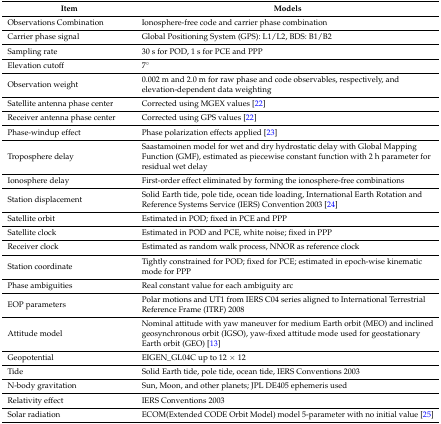
<table><thead><tr><td><b>Item</b></td><td><b>Models</b></td></tr></thead><tbody><tr><td>Observations Combination</td><td>Ionosphere-free code and carrier phase combination</td></tr><tr><td>Carrier phase signal</td><td>Global Positioning System (GPS): L1/L2, BDS: B1/B2</td></tr><tr><td>Sampling rate</td><td>30 s for POD, 1 s for PCE and PPP</td></tr><tr><td>Elevation cutoff</td><td>7°</td></tr><tr><td>Observation weight</td><td>0.002 m and 2.0 m for raw phase and code observables, respectively, and elevation-dependent data weighting</td></tr><tr><td>Satellite antenna phase center</td><td>Corrected using MGEX values [22]</td></tr><tr><td>Receiver antenna phase center</td><td>Corrected using GPS values [22]</td></tr><tr><td>Phase-windup effect</td><td>Phase polarization effects applied [23]</td></tr><tr><td>Troposphere delay</td><td>Saastamoinen model for wet and dry hydrostatic delay with Global Mapping Function (GMF), estimated as piecewise constant function with 2 h parameter for residual wet delay</td></tr><tr><td>Ionosphere delay</td><td>First-order effect eliminated by forming the ionosphere-free combinations</td></tr><tr><td>Station displacement</td><td>Solid Earth tide, pole tide, ocean tide loading, International Earth Rotation and Reference Systems Service (IERS) Convention 2003 [24]</td></tr><tr><td>Satellite orbit</td><td>Estimated in POD; fixed in PCE and PPP </td></tr><tr><td>Satellite clock</td><td>Estimated in POD and PCE, white noise; fixed in PPP </td></tr><tr><td>Receiver clock</td><td>Estimated as random walk process, NNOR as reference clock</td></tr><tr><td>Station coordinate</td><td>Tightly constrained for POD; fixed for PCE; estimated in epoch-wise kinematic mode for PPP</td></tr><tr><td>Phase ambiguities</td><td>Real constant value for each ambiguity arc</td></tr><tr><td>EOP parameters</td><td>Polar motions and UT1 from IERS C04 series aligned to International Terrestrial Reference Frame (ITRF) 2008</td></tr><tr><td>Attitude model</td><td>Nominal attitude with yaw maneuver for medium Earth orbit (MEO) and inclined geosynchronous orbit (IGSO), yaw-fixed attitude mode used for geostationary Earth orbit (GEO) [13]</td></tr><tr><td>Geopotential</td><td>EIGEN_GL04C up to 12 × 12</td></tr><tr><td>Tide</td><td>Solid Earth tide, pole tide, ocean tide, IERS Conventions 2003</td></tr><tr><td>N-body gravitation</td><td>Sun, Moon, and other planets; JPL DE405 ephemeris used</td></tr><tr><td>Relativity effect</td><td>IERS Conventions 2003</td></tr><tr><td>Solar radiation </td><td>ECOM(Extended CODE Orbit Model) model 5-parameter with no initial value [25]</td></tr></tbody></table>